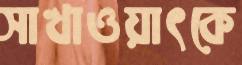
সাখাওয়াৎকে